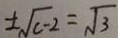
\pm \sqrt { c - 2 } = \sqrt { 3 }